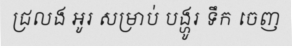
ជ្រលង អូរ សម្រាប់ បង្ហូរ ទឹក ចេញ